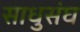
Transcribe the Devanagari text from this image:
साधुसंघ